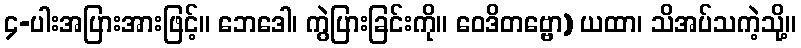
၄-ပါးအပြားအားဖြင့်။ ဘေဒေါ၊ ကွဲပြားခြင်းကို။ ဝေဒိတဗ္ဗော) ယထာ၊ သိအပ်သကဲ့သို့။